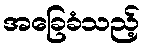
အခြေခံသည့်